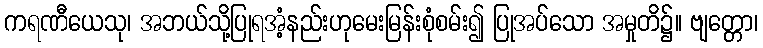
ကရဏီယေသု၊ အဘယ်သို့ပြုရအံ့နည်းဟုမေးမြန်းစုံစမ်း၍ ပြုအပ်သော အမှုတိ၌။ ဗျတ္တော၊